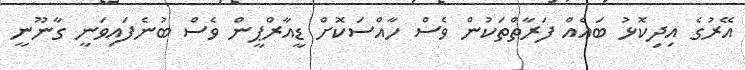
އޭރުގެ އިދިކޮޅު ބައެއް ފަރާތްތަކުން ވެސް ހާއްސަކޮށް ޑީއާރްޕީން ވެސް ބުނެފައިވަނީ ގާނޫނީ